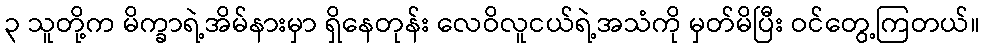
၃ သူတို့က မိက္ခာရဲ့အိမ်နားမှာ ရှိနေတုန်း လေဝိလူငယ်ရဲ့အသံကို မှတ်မိပြီး ဝင်တွေ့ကြတယ်။